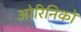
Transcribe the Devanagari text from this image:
ओरिनिको